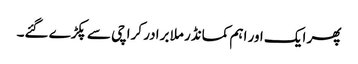
پھر ایک اور اہم کمانڈر ملا برادر کراچی سے پکڑے گئے۔